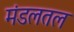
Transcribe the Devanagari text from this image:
मंडलतल